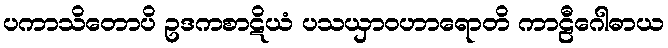
ပကာသိတောပိ ဥဒကစာဋိယံ ပသယှာဝဟာရောတိ ကာဠီဂေါဓာယ